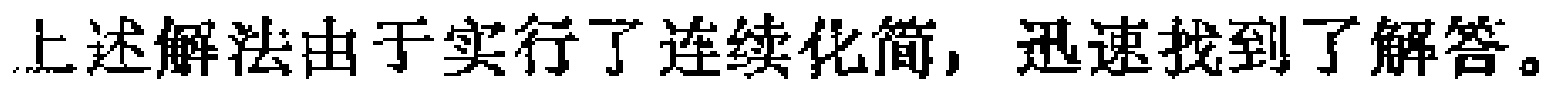
上述解法由于实行了连续化简，迅速找到了解答。